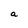
Character: a